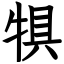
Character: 犋